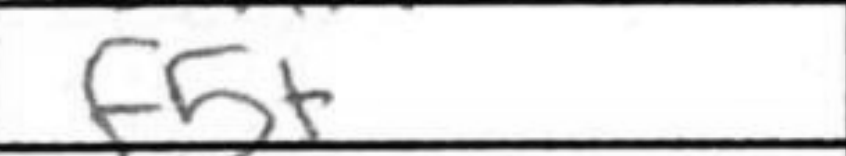
Transcription: f5+